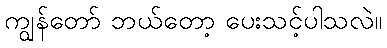
ကျွန်တော် ဘယ်တော့ ပေးသင့်ပါသလဲ။